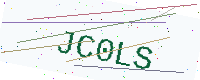
Text: JC0LS